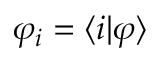
\varphi _ { i } = \langle i | \varphi \rangle